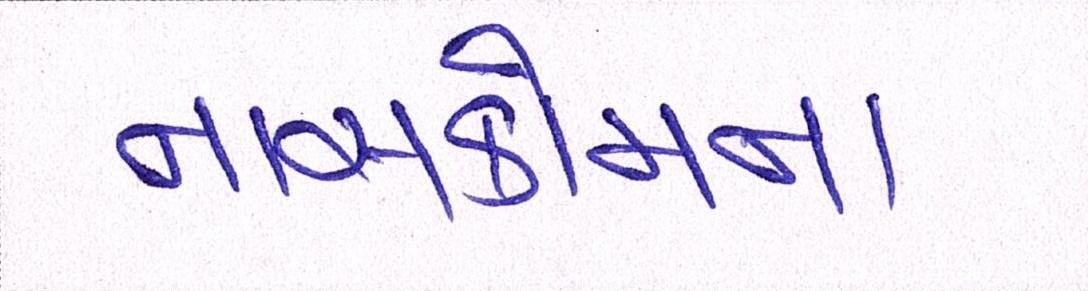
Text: નાસકોમના